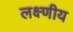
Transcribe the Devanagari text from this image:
लक्ष्णीय